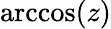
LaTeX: \operatorname{arccos}(z)